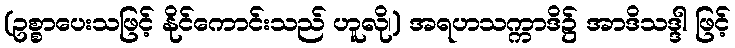
(ဥစ္စာပေးသဖြင့် နိုင်ကောင်းသည် ဟူလို၊) အရဟသက္ကာဒိ၌ အာဒိသဒ္ဒါ ဖြင့်